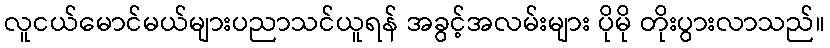
လူငယ်မောင်မယ်များပညာသင်ယူရန် အခွင့်အလမ်းများ ပိုမို တိုးပွားလာသည်။